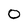
Character: 0